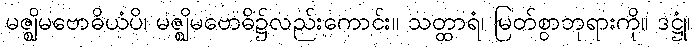
မဇ္ဈိမဗောဓိယံပိ၊ မဇ္ဈိမဗောဓိ၌လည်းကောင်း။ သတ္ထာရံ၊ မြတ်စွာဘုရားကို။ ဒဋ္ဌုံ၊